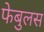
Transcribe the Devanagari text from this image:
फेबुलस